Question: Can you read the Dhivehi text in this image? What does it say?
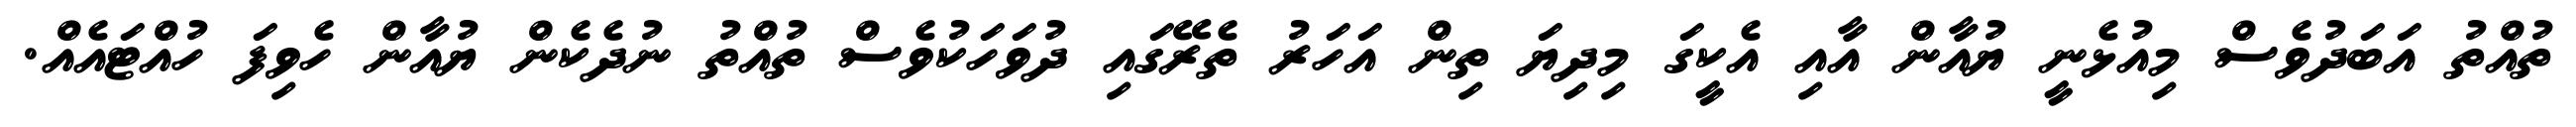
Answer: ތުއްތު އަބަދުވެސް މިއުޅެނީ ޔުއާން އާއި އެކީގަ މިދިޔަ ތިން އަހަރު ތެރޭގައި ދުވަހަކުވެސް ތުއްތު ނުދެކެން ޔުއާން ހެވިފަ ހުއްޓައެއް.